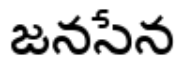
జనసేన